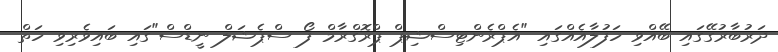
ދަރުބާރުގޭގައި ބޭއްވި ހަފުލާއެއްގައި "އެޕްރެންޓިސްޝިޕް ޕްރޮގްރާމް ފޯ ސްޕެޝަލް ނީޑްސް"ގައި ބައިވެރިވި ހަތް